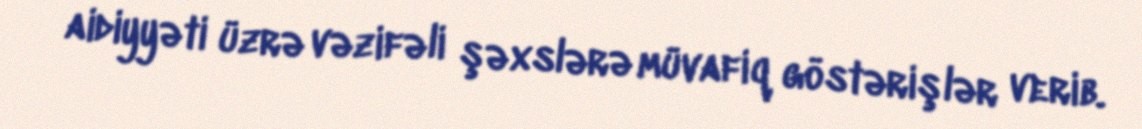
aidiyyəti üzrə vəzifəli şəxslərə müvafiq göstərişlər verib.